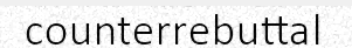
counterrebuttal